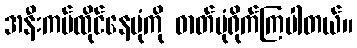
အနီးကပ်ထိုင်နေပုံကို ဓာတ်ပုံရိုက်ကြပါတယ်။